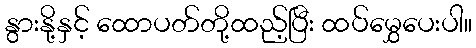
နွားနို့နှင့် ထောပတ်တို့ထည့်ပြီး ထပ်မွှေပေးပါ။